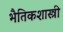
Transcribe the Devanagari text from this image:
भैतिकशास्त्री